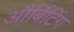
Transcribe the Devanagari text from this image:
और्बिटिंग